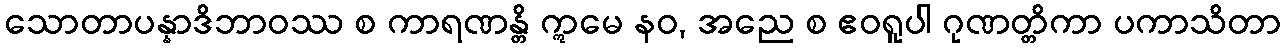
သောတာပန္နာဒိဘာဝဿ စ ကာရဏန္တိ ဣမေ နဝ, အညေ စ ဧဝရူပါ ဂုဏတ္တိကာ ပကာသိတာ